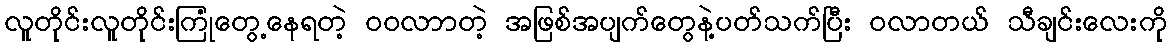
လူတိုင်းလူတိုင်းကြုံတွေ့နေရတဲ့ ဝဝလာာတဲ့ အဖြစ်အပျက်တွေနဲ့ပတ်သက်ပြီး ဝလာတယ် သီချင်းလေးကို